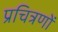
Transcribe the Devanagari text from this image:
प्रचित्रणों